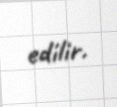
edilir.